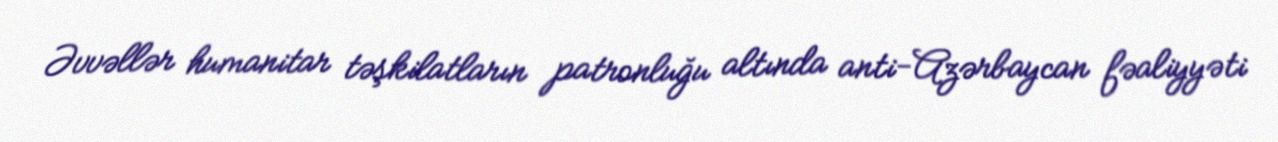
Əvvəllər humanitar təşkilatların patronluğu altında anti-Azərbaycan fəaliyyəti